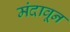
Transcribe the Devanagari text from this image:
मंदावून